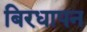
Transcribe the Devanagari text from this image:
बिरधापन